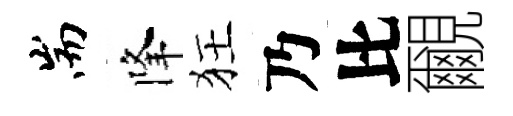
耑降狂乃比覼